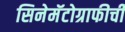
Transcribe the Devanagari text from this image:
सिनेमॅटोग्राफीची